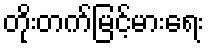
တိုးတက်မြင့်မားရေး